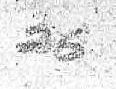
26